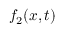
f _ { 2 } ( x , t )